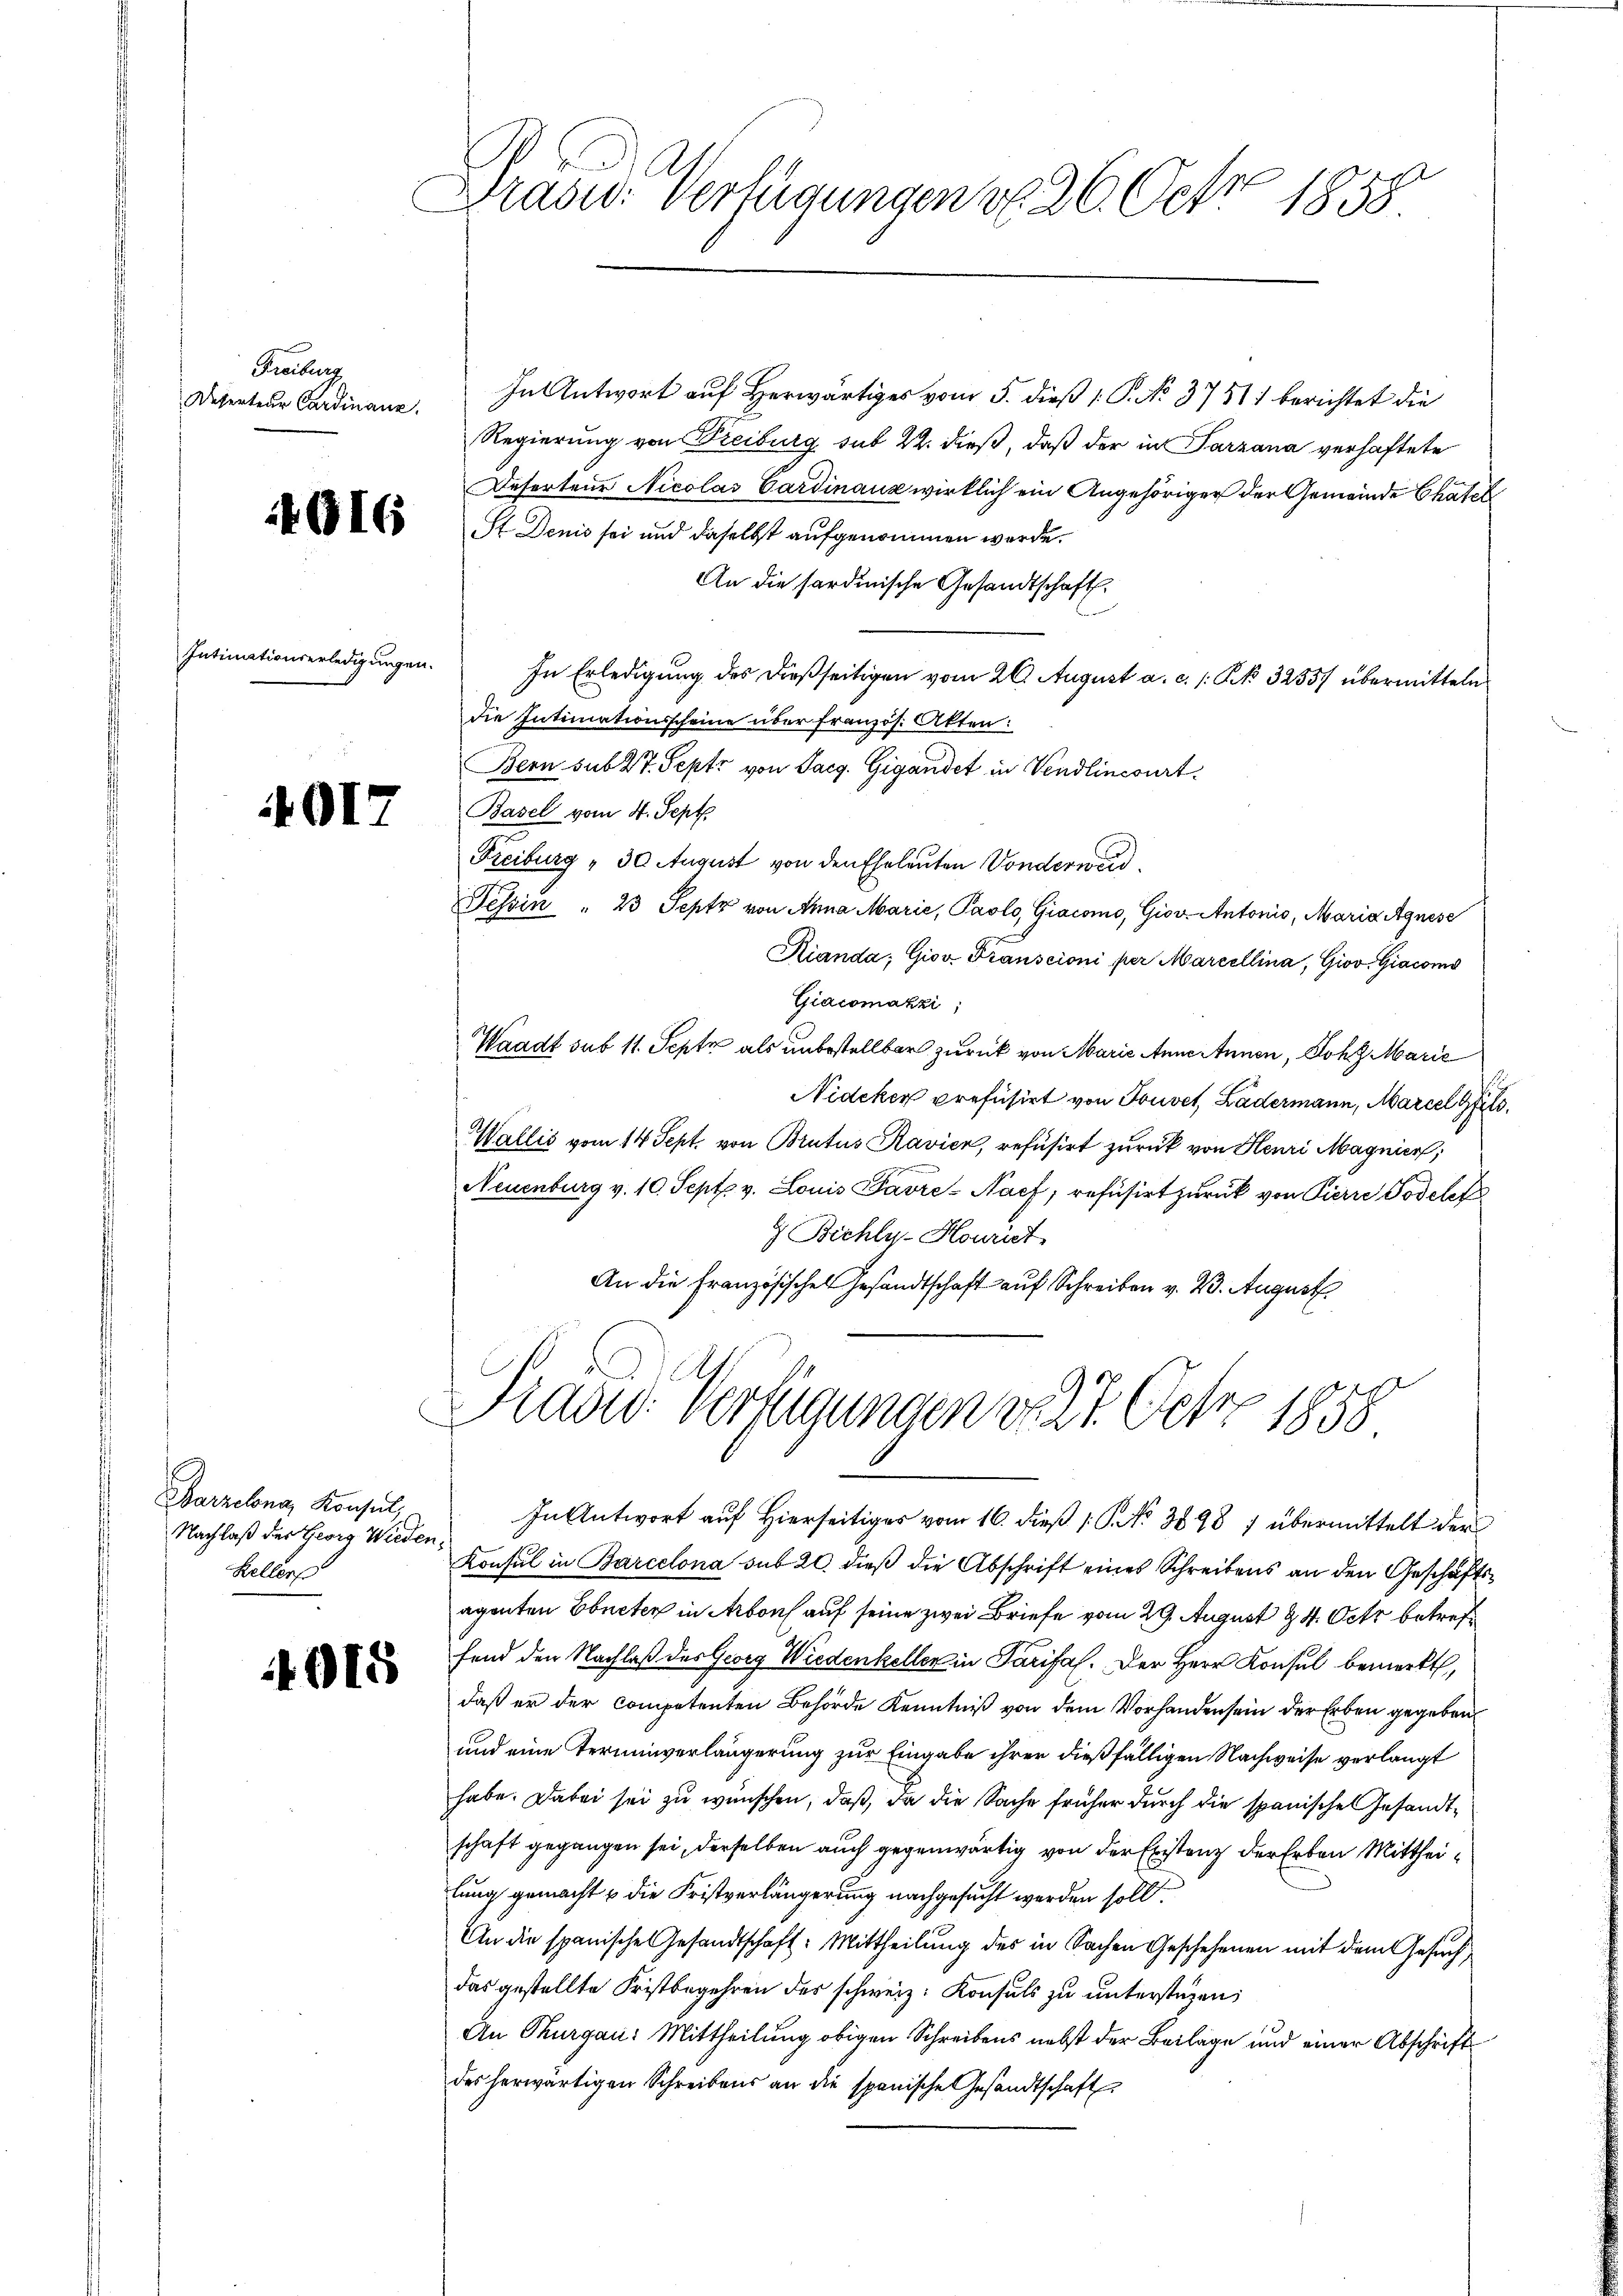
Freiburg
Deserteur Cardinanz

G16

Intimationserledigungen.

4012

Barzelona, Konsul,
Nachlaß der Georg Wieden¬
Heller

4915

Drave. Verfügungen v. 26. Octor 1858

In Antwort auf Herwärtiges vom 5. dieß P. No. 3751 berichtet die
Regierung von Freiburg sub 22. dieß, daß der in Parzana verhaftete
Deserteur Nicolas Cardinanz wirklich ein Angehöriger der Gemeinde Chatel
St Denis sei und daselbst aufgenommen werde.
An die Sardinische Gesandtschaft.
In Erledigung des dießseitigen vom 26. August a. c. /: Kk. 3255/ übermitteln
die Intimationsscheine über französ. Akten:
Bern sub 27. Septi von Sarg. Gigandet in Vendlincourt
Basel vom 4. Sept.
Freiburg , 30 August von den Eheleuten Vonderweid
Tessin " 23 Sept von Anna Marie, Paolo, Giacomo, Giov. Antonis, Maria Agnese
Kianda, Giov. Transcioni per Marcellina, Giov. Giacons
Giacomakzi;
Waadt sub 11. Septe als unbestellbar zurück von Marie Anne Annen, Joh. Marić
Nideker prefüsirt von Gouvet, Ladermann, Marcel g
Wallis vom 14 Sept. von Brutus Ravicn, refusirt zurück von Henri Magnier,
Neuenburg v. 10. Sept. v. Louis Favre-Nach, refusirt zurück von Pierre Todelef
Bichly-Houriet
An die Französisches Gesandtschaft auf Schreiben v. 23. August
Präsid. Verfügungen d. 22. Febr. 1858.
In Antwort auf Hierseitiges vom 16. dieß P. No 8898) übermittelt der
Konsul in Barcelona sub 20. dieß die Abschrift eines Schreibens an den Geschäftsaganten Ebneter in Arbon auf seine zwei Briefe vom 29. August & 4. Octr betreffend den Nachlaß des Georg Wiedenkeller in Tarifah. Der Herr Konsul bemerkt,
daß er der competenten Behörde Kenntniß von dem Vorhanden sein der Erben gegeben
und eine Terminverlängerung zur Eingabe ihrer dießfälligen Nachweise verlangt
habe. Dabei sei zu wünschen, daß, da die Sache früher durch die spanische Gesandtschaft gegangen sei, derselben auch gegenwärtig von der Existenz der Erben Mittheilung gemacht & die Fristverlängerung nachgesucht werden soll
An die spanische Gesandtschaft: Mittheilung des in Sachen Geschehenen mit dem Gesuch
das gestellte Fristbegehren des schweiz. Konsuls zu unterstüzen;
An Thurgau: Mittheilung obigen Schreibens nebst der Beilage und einer Abschrift
des herwärtigen Schreibens an die spanische Gesandtschaft